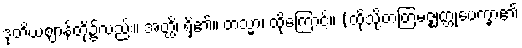
ဒုတိယဈာန်တို့၌လည်း။ အတ္ထိ၊ ရှိ၏။ တသ္မာ၊ ထိုကြောင့်။ (ထိုသို့တတြမဇ္ဈတ္တုပေက္ခာ၏